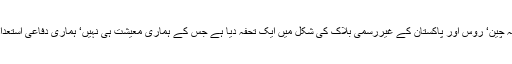
شنگھائی تعاون تنظیم نے ہمیں بلاشبہ چین‘ روس اور پاکستان کے غیررسمی بلاک کی شکل میں ایک تحفہ دیا ہے جس کے ہماری معیشت ہی نہیں‘ ہماری دفاعی استعداد پر بھی مثبت اثرات مرتب ہونگے۔